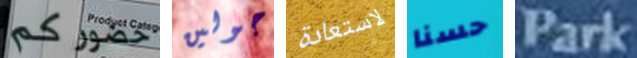
حضوركم جولين لاستعادة حسنا Park